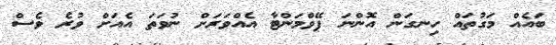
ބައެއް މަގުތައް ހިނގަން އޮންނަ ޕޭވްމަންޓާ އެއްވަރަށް ނުވަތަ އެއަށް ވުރެ ވެސް